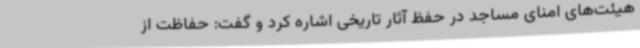
هیئت‌های امنای مساجد در حفظ آثار تاریخی اشاره کرد و گفت: حفاظت از